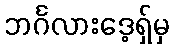
ဘင်္ဂလားဒေ့ရှ်မှ